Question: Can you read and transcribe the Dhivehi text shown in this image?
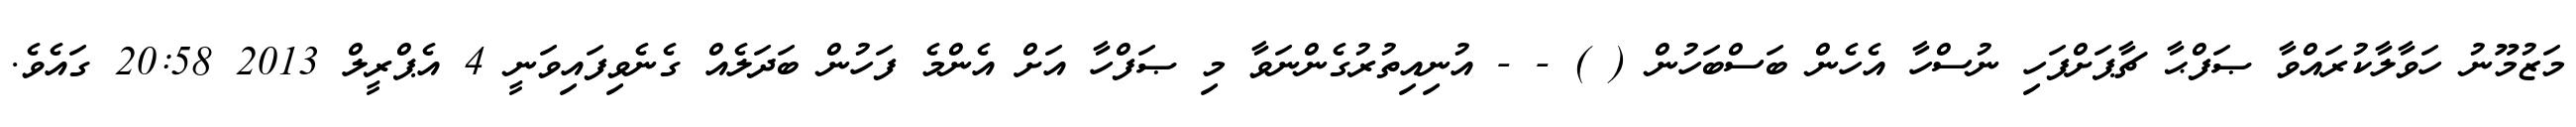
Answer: މަޒުމޫނު ހަވާލާކުރައްވާ ޞަފްޙާ ޗާޕަށްފަހި ނުސްހާ އެހެން ބަސްބަހުން ( ) - - އުނިއިތުރުގެންނަވާ މި ޞަފްހާ އަށް އެންމެ ފަހުން ބަދަލެއް ގެނެވިފައިވަނީ 4 އެޕްރީލް 2013 20:58 ގައެވެ.